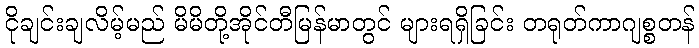
ငိုချင်းချလိမ့်မည် မိမိတို့အိုင်တီမြန်မာတွင် များရရှိခြင်း တရုတ်ကာဂျစ္စတန်